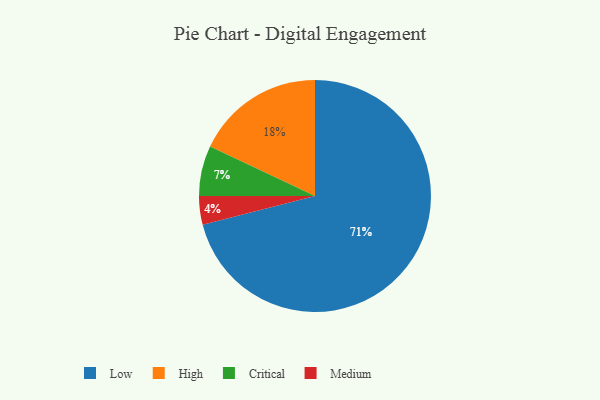
{"axis": {"x": "Category", "y": "Percentage"}, "legend": ["Critical", "High", "Low", "Medium"], "data": [{"x": "Medium", "y": 4, "type": "Medium"}, {"x": "High", "y": 18, "type": "High"}, {"x": "Low", "y": 71, "type": "Low"}, {"x": "Critical", "y": 7, "type": "Critical"}]}